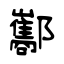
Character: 酅